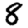
Digit: 8